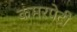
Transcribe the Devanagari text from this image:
कमरपेटी